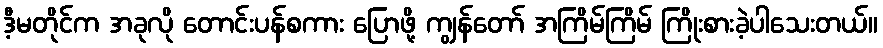
ဒီ့မတိုင်က အခုလို တောင်းပန်စကား ပြောဖို့ ကျွန်တော် အကြိမ်ကြိမ် ကြိုးစားခဲ့ပါသေးတယ်။